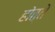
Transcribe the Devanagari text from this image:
होत्ते